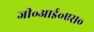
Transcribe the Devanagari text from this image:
जी॰आई॰एस॰